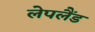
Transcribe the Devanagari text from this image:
लेपलैंड